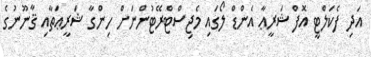
އަދި ފެކަލްޓީ އޮފް ޝަރީޢާ އެންޑް ލޯގައި މެޖިސްޓްރޭޓުންނަށް ހިންގާ ޝަރީޢަތާއި ޤާނޫނުގެ